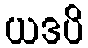
ယဒပိ